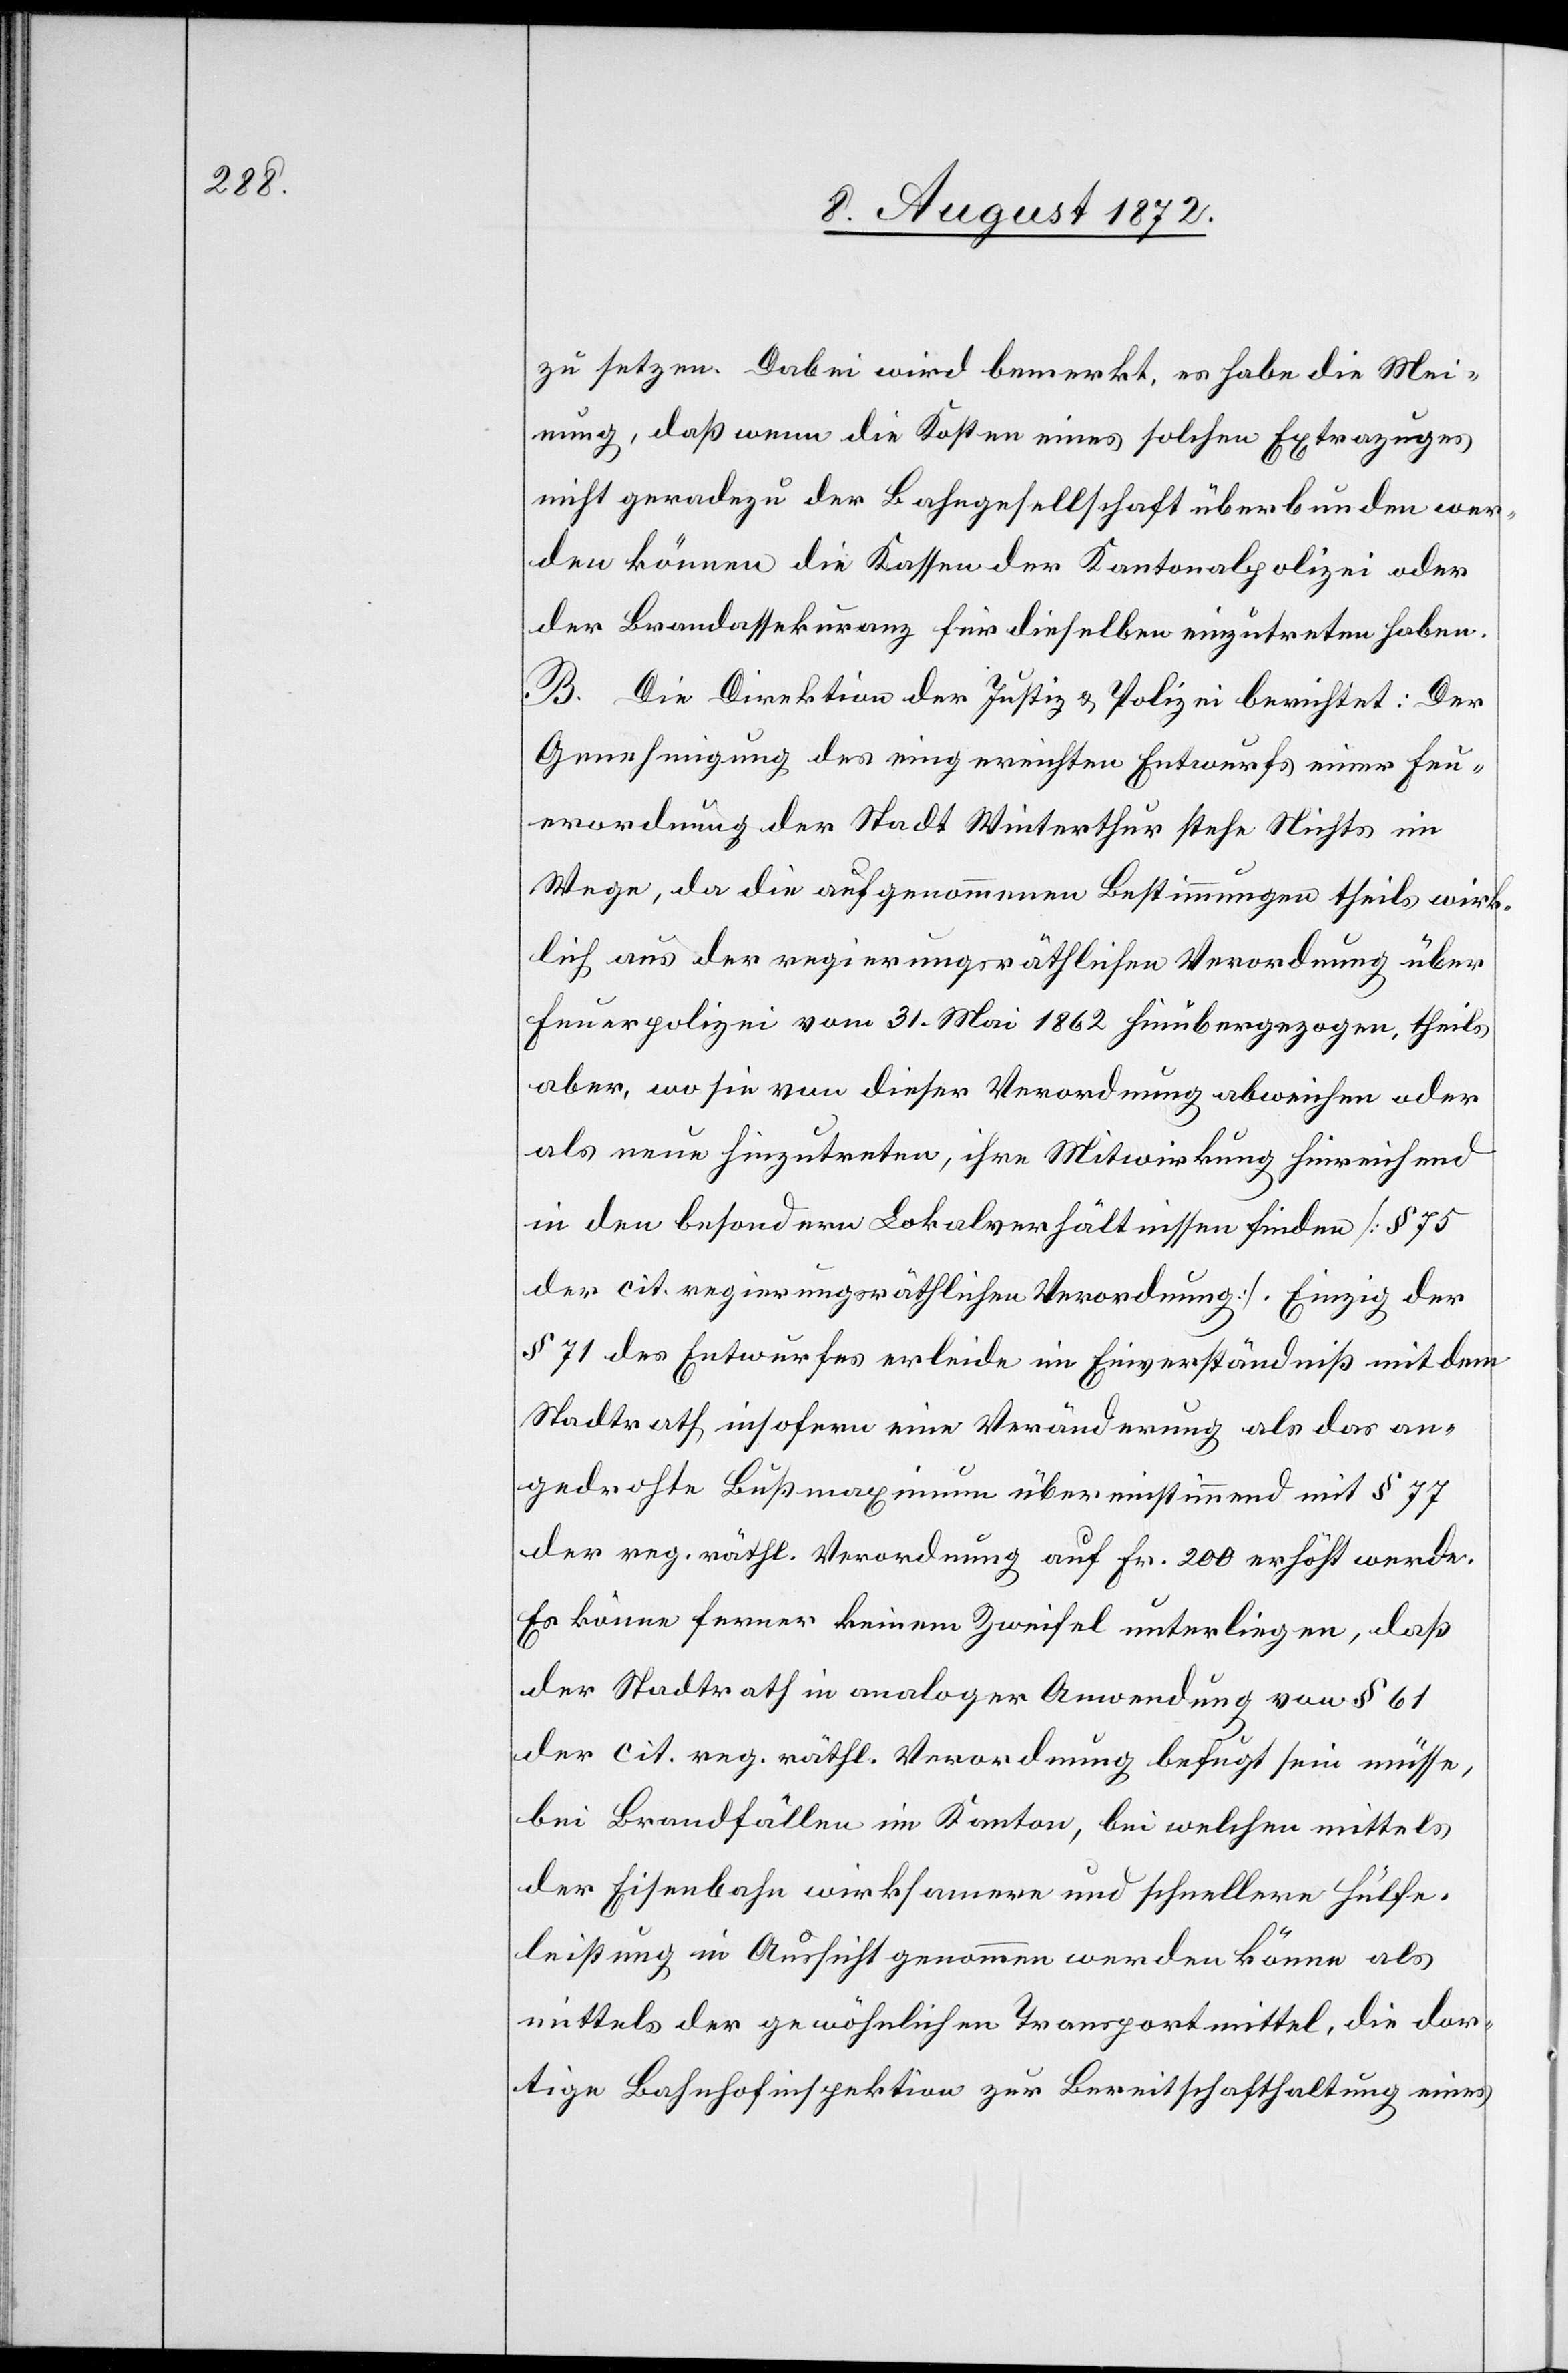
zu setzen. Dabei wird bemerkt, es habe die Mei¬
nung, daß wenn die Kosten eines solchen Extrazuges
nicht geradezu der Bahngesellschaft überbunden wer¬
den können die Kassen der Kantonalpolizei oder
der Brandassekuranz für dieselben einzutreten haben.
B. Die Direktion der Justiz u. Polizei berichtet: Der
Genehmigung des eingereichten Entwurfs einer Feu¬
erordnung der Stadt Winterthur stehe Nichts im
Wege, da die aufgenommenen Bestimmungen theils wirk¬
lich aus der regierungsräthlichen Verordnung über
Feuerpolizei vom 31. Mai 1862 hinübergezogen, theils
aber, wo sie von dieser Verordnung abweichen oder
als neue hinzutreten, ihre Mitwirkung hinreichend
in den besondern Lokalverhältnissen finden [§ 75
der cit. regierungsräthlichen Verordnung]. Einzig der
§ 71 des Entwurfes erleide im Einverständniß mit dem
Stadtrath insofern eine Veränderung als das an¬
gedrohte Bußmaximum übereinstimmend mit § 77
der reg. räthl. Verordnung auf Fr. 200 erhöht werde.
Es könne ferner keinem Zweifel unterliegen, daß
der Stadtrath in analoger Anwendung von § 61
der cit. reg. räthl. Verordnung befugt sein müsse,
bei Brandfällen im Kanton, bei welchen mittels
der Eisenbahn wirksamere und schnellere Hülfe¬
leistung in Aussicht genommen werden könne als
mittels der gewöhnlichen Transportmittel, die dor¬
tige Bahnhofinspektion zur Bereitschafthaltung eines